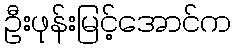
ဦးဖုန်းမြင့်အောင်က